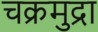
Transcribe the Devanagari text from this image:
चक्रमुद्रा